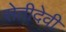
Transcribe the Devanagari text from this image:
सेतीदेवी